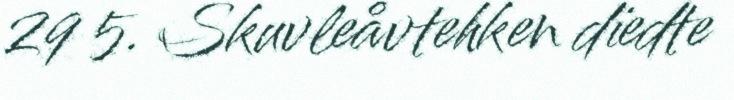
29 5. Skuvleåvtehken dïedte